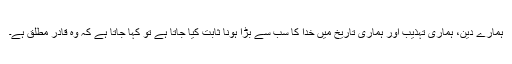
ہمارے دین، ہماری تہذیب اور ہماری تاریخ میں خدا کا سب سے بڑا ہونا ثابت کیا جاتا ہے تو کہا جاتا ہے کہ وہ قادر مطلق ہے۔